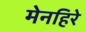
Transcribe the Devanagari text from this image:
मेनहिरे